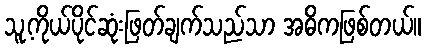
သူ့ကိုယ်ပိုင်ဆုံးဖြတ်ချက်သည်သာ အဓိကဖြစ်တယ်။